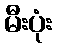
မီးပုံး